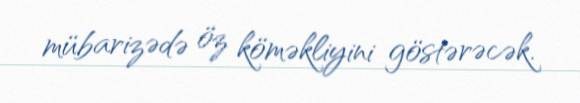
mübarizədə öz köməkliyini göstərəcək.